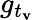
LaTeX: g_{t_{\mathbf{v}}}